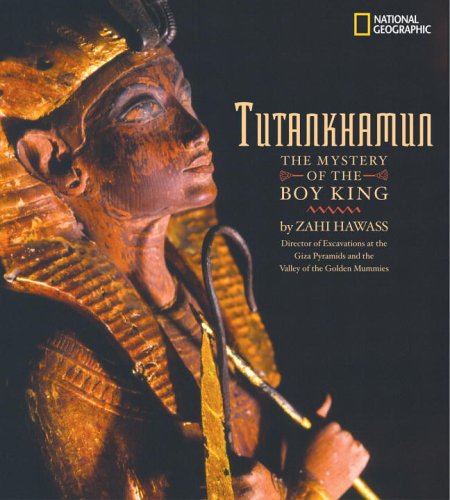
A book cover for Tutankhamun: The Mystery of the Boy King (Crossroads America); Zahi Hawass; Children's Books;